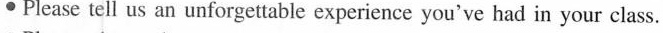
\cdot Please tell us an unforgettable experience you've had in your class.